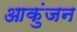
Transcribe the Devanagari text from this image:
आकुंजन